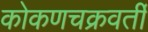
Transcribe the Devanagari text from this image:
कोकणचक्रवर्ती